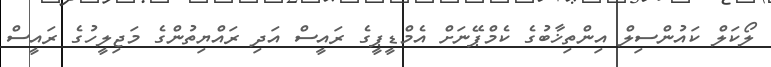
ލޯކަލް ކައުންސިލް އިންތިޚާބުގެ ކެމްޕޭނަށް އެމްޑީޕީގެ ރައީސް އަދި ރައްޔިތުންގެ މަޖިލީހުގެ ރައީސް